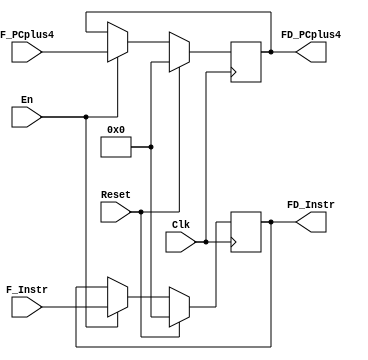
`timescale 1ns / 1ps


module pReg_FD(
	input Clk,
	input Reset,
	input En,
	input [31:0] F_Instr,
	input [31:0] F_PCplus4,
	output [31:0] FD_Instr,
	output [31:0] FD_PCplus4
    );

	reg [31:0] Instr, PCplus4;
	assign FD_Instr = Instr;
	assign FD_PCplus4 = PCplus4;
	
	always @ (posedge Clk) begin
		if (Reset) begin 
			Instr <= 32'b0;
			PCplus4 <= 32'b0;
		end
		else if (En) begin
			Instr <= F_Instr;
			PCplus4 <= F_PCplus4;
		end
	end
	
	initial begin
		Instr <= 32'b0;
		PCplus4 <= 32'b0;
	end

endmodule

module pReg_DE(
	input Clk,
	input Reset,
	input [31:0] D_Instr,
	input [31:0] D_NPC_PCplus8,
	input [31:0] D_GRF_RData1,
	input [31:0] D_GRF_RData2,
	input [31:0] D_EXT,
	output [31:0] DE_Instr,
	output [31:0] DE_PCplus8,
	output [31:0] DE_GRF_RData1,
	output [31:0] DE_GRF_RData2,
	output [31:0] DE_EXT
	);
	
	reg [31:0] Instr, PCplus8, GRF_RData1, GRF_RData2, EXT;
	reg isBranch;
	
	assign DE_Instr = Instr;
	assign DE_PCplus8 = PCplus8;
	assign DE_GRF_RData1 = GRF_RData1;
	assign DE_GRF_RData2 = GRF_RData2;
	assign DE_EXT = EXT;
	
	always @ (posedge Clk) begin
		if (Reset) begin
			Instr <= 31'b0;
			PCplus8 <= 31'b0;
			GRF_RData1 <= 31'b0;
			GRF_RData2 <= 31'b0;
			EXT <= 31'b0;
		end
		else begin
			Instr <= D_Instr;
			PCplus8 <= D_NPC_PCplus8;
			GRF_RData1 <= D_GRF_RData1;
			GRF_RData2 <= D_GRF_RData2;
			EXT <= D_EXT;
		end
	end	
	
	initial begin
		Instr <= 31'b0;
		PCplus8 <= 31'b0;
		GRF_RData1 <= 31'b0;
		GRF_RData2 <= 31'b0;
		EXT <= 31'b0;
	end

endmodule

module pReg_EM(
	input Clk,
	input Reset,
	input [31:0] E_Instr,
	input [31:0] E_PCplus8,
	input [31:0] E_ALU_Out,
	input [31:0] E_M_WData,
	output [31:0] EM_Instr,
	output [31:0] EM_PCplus8,
	output [31:0] EM_ALUOut,
	output [31:0] EM_M_WData
	);

	reg [31:0] Instr, PCplus8, ALUOut, M_WData;
	assign EM_Instr = Instr;
	assign EM_PCplus8 = PCplus8;
	assign EM_ALUOut = ALUOut;
	assign EM_M_WData = M_WData;
	
	always @ (posedge Clk) begin
		if (Reset) begin
			Instr <= 32'b0;
			PCplus8 <= 32'b0;
			ALUOut <= 32'b0;
			M_WData <= 32'b0;
		end
		else begin
			Instr <= E_Instr;
			PCplus8 <= E_PCplus8;
			ALUOut <= E_ALU_Out;
			M_WData <= E_M_WData;
		end
	end

	initial begin
		Instr <= 32'b0;
		PCplus8 <= 32'b0;
		ALUOut <= 32'b0;
		M_WData <= 32'b0;
	end
	
endmodule

module pReg_MW(
	input Clk,
	input Reset,
	input [31:0] M_Instr,
	input [31:0] M_ALUOut,
	input [31:0] M_DM_RData,
	input [31:0] M_PCplus8,
	output [31:0] MW_Instr,
	output [31:0] MW_ALUOut,
	output [31:0] MW_DM_RData,
	output [31:0] MW_PCplus8
	);
	
	reg [31:0] Instr, ALUOut, DM_RData, PCplus8;
	assign MW_Instr = Instr;
	assign MW_ALUOut = ALUOut;
	assign MW_DM_RData = DM_RData;
	assign MW_PCplus8 = PCplus8;
	
	always @ (posedge Clk) begin
		if (Reset) begin
			Instr <= 32'b0;
			ALUOut <= 32'b0;
			DM_RData <= 32'b0;
			PCplus8 <= 32'b0;
		end
		else begin
			Instr <= M_Instr;
			ALUOut <= M_ALUOut;
			DM_RData <= M_DM_RData;
			PCplus8 <= M_PCplus8;
		end
	end

	initial begin
		Instr <= 32'b0;
		ALUOut <= 32'b0;
		DM_RData <= 32'b0;
		PCplus8 <= 32'b0;
	end

endmodule